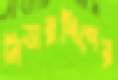
লিডারশিপের